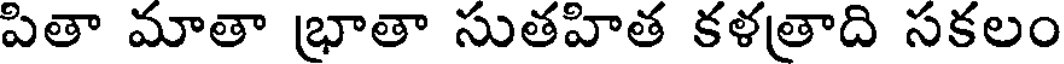
పితా మాతా భ్రాతా సుతహిత కళత్రాది సకలం